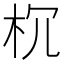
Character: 𣏝